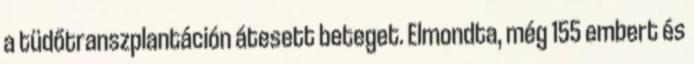
a tüdőtranszplantáción átesett beteget. Elmondta, még 155 embert és